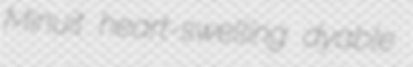
Minuit heart-swelling dyable